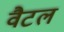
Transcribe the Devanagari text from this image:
वैटल